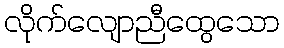
လိုက်လျောညီထွေသော